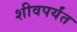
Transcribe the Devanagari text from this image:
शीवपर्यंत